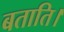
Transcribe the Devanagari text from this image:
बताति।